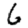
Digit: 6